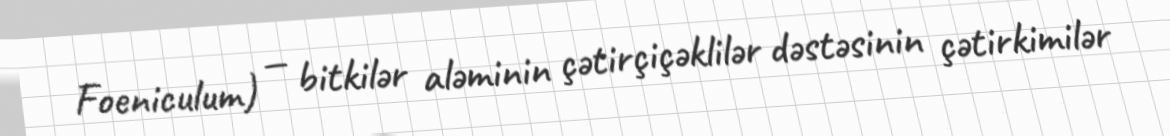
Foeniculum) — bitkilər aləminin çətirçiçəklilər dəstəsinin çətirkimilər